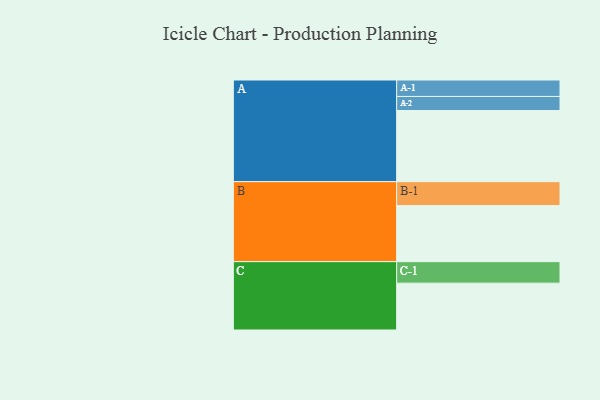
{"axis": {"x": "Segment", "y": "Value"}, "legend": ["", "A", "B", "C"], "data": [{"x": "A", "y": 588, "type": ""}, {"x": "B", "y": 463, "type": ""}, {"x": "C", "y": 387, "type": ""}, {"x": "A-1", "y": 136, "type": "A"}, {"x": "A-2", "y": 116, "type": "A"}, {"x": "B-1", "y": 198, "type": "B"}, {"x": "C-1", "y": 178, "type": "C"}]}